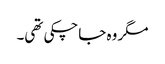
مگر وہ جاچکی تھی۔